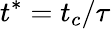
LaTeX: {t^{*}}={t_{c}}/\tau